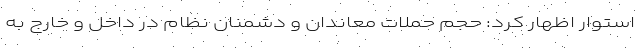
استوار اظهار کرد: حجم حملات معاندان و دشمنان نظام در داخل و خارج به